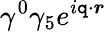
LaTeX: \gamma^{0}\gamma_{5}e^{i\boldsymbol{\mathtt{q}}\cdot\boldsymbol{r}}